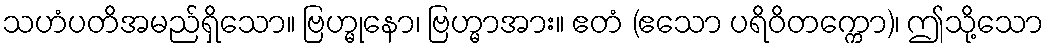
သဟံပတိအမည်ရှိသော။ ဗြဟ္မုနော၊ ဗြဟ္မာအား။ ဧတံ (ဧသော ပရိဝိတက္ကော)၊ ဤသို့သော